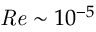
\mathit { R e } \sim 1 0 ^ { - 5 }